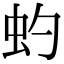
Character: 虳